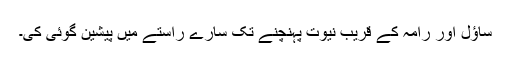
ساؤل اور رامہ کے قریب نیوت پہنچنے تک سارے راستے میں پیشین گوئی کی۔